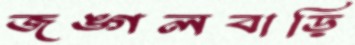
জঙ্গলবাড়ি